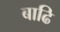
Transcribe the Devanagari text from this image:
बाढि